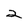
Character: 2